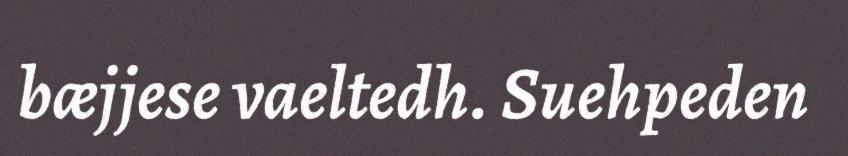
bæjjese vaeltedh. Suehpeden